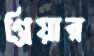
গ্রিয়ার